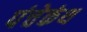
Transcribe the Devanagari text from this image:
पंचेकंथ